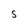
Character: S